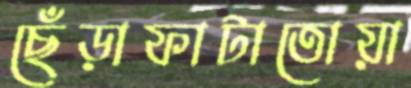
ছেঁড়াফাটাতোয়া